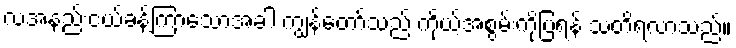
လအနည်းငယ်ခန့်ကြာသောအခါ ကျွန်တော်သည် ကိုယ့်အစွမ်းကိုပြရန် သတိရလာသည်။